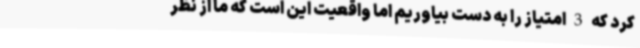
کرد که 3 امتیاز را به دست بیاوریم اما واقعیت این است که ما از نظر